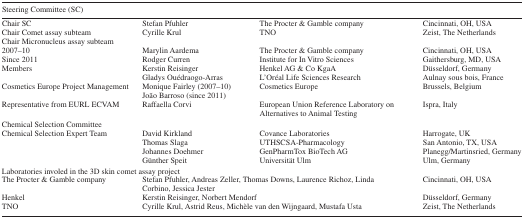
<table><thead><tr><td colspan="4"><b>Steering Committee (SC)</b></td></tr></thead><tbody><tr><td>Chair SC</td><td>Stefan Pfuhler</td><td>The Procter &amp; Gamble company</td><td>Cincinnati, OH, USA</td></tr><tr><td>Chair Comet assay subteam</td><td>Cyrille Krul</td><td>TNO</td><td>Zeist, The Netherlands</td></tr><tr><td>Chair Micronucleus assay subteam2007–10Since 2011</td><td>Marylin AardemaRodger Curren</td><td>The Procter &amp; Gamble companyInstitute for In Vitro Sciences</td><td>Cincinnati, OH, USAGaithersburg, MD, USA</td></tr><tr><td rowspan="2">Members</td><td>Kerstin Reisinger</td><td>Henkel AG &amp; Co KgaA</td><td>Düsseldorf, Germany</td></tr><tr><td>Gladys Ouédraogo-Arras</td><td>L’Oréal Life Sciences Research</td><td>Aulnay sous bois, France</td></tr><tr><td>Cosmetics Europe Project Management</td><td>Monique Fairley (2007–10)João Barroso (since 2011)</td><td>Cosmetics Europe</td><td>Brussels, Belgium</td></tr><tr><td>Representative from EURL ECVAM</td><td>Raffaella Corvi</td><td>European Union Reference Laboratory on Alternatives to Animal Testing</td><td>Ispra, Italy</td></tr><tr><td colspan="4">Chemical Selection Committee</td></tr><tr><td rowspan="4">Chemical Selection Expert Team</td><td>David Kirkland</td><td>Covance Laboratories</td><td>Harrogate, UK</td></tr><tr><td>Thomas Slaga</td><td>UTHSCSA-Pharmacology</td><td>San Antonio, TX, USA</td></tr><tr><td>Johannes Doehmer</td><td>GenPharmTox BioTech AG</td><td>Planegg/Martinsried, Germany</td></tr><tr><td>Günther Speit</td><td>Universität Ulm</td><td>Ulm, Germany</td></tr><tr><td colspan="4">Laboratories involed in the 3D skin comet assay project</td></tr><tr><td>The Procter &amp; Gamble company</td><td colspan="2">Stefan Pfuhler, Andreas Zeller, Thomas Downs, Laurence Richoz, Linda Corbino, Jessica Jester</td><td>Cincinnati, OH, USA</td></tr><tr><td>Henkel</td><td colspan="2">Kerstin Reisinger, Norbert Mendorf</td><td>Düsseldorf, Germany</td></tr><tr><td>TNO</td><td colspan="2">Cyrille Krul, Astrid Reus, Michèle van den Wijngaard, Mustafa Usta</td><td>Zeist, The Netherlands</td></tr></tbody></table>